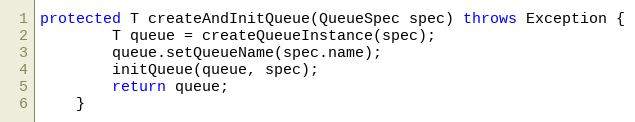
Language: Java
protected T createAndInitQueue(QueueSpec spec) throws Exception {
        T queue = createQueueInstance(spec);
        queue.setQueueName(spec.name);
        initQueue(queue, spec);
        return queue;
    }